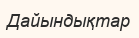
Дайындықтар